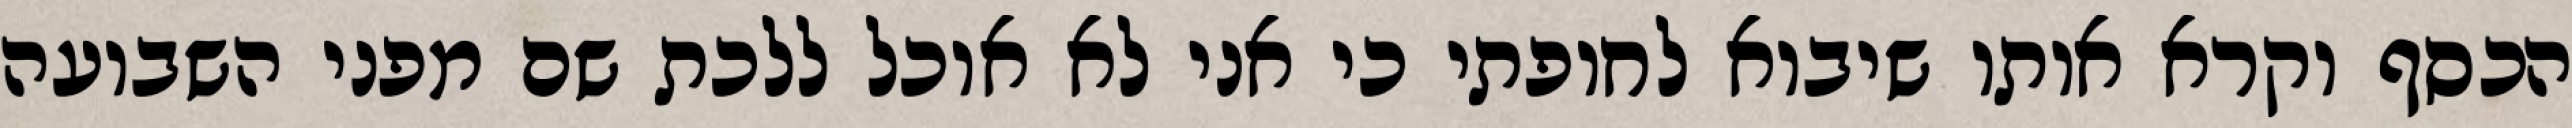
הכסף וקרא אותו שיבוא לחופתי כי אני לא אוכל ללכת שם מפני השבועה